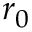
r _ { 0 }